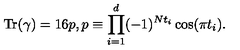
{ \mathrm { T r } } ( \gamma ) = 1 6 p , p \equiv \prod _ { i = 1 } ^ { d } ( - 1 ) ^ { N t _ { i } } \cos ( \pi t _ { i } ) .